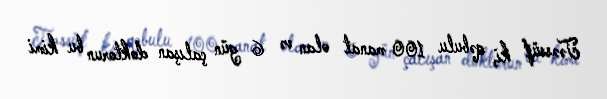
Təəssüf ki, qəbulu 100 manat olan və 6 gün çalışan doktorun bu kimi